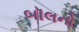
બૉલનો